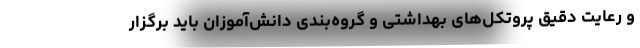
و رعایت دقیق پروتکل‌های بهداشتی و گروه‌بندی دانش‌آموزان باید برگزار